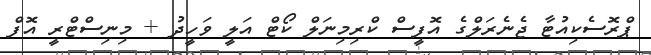
ޕްރޮސެކިއުޓާ ޖެނެރަލްގެ އޮފީސް ކްރިމިނަލް ކޯޓް އަލީ ވަހީދު + މިނިސްޓްރީ އޮފް